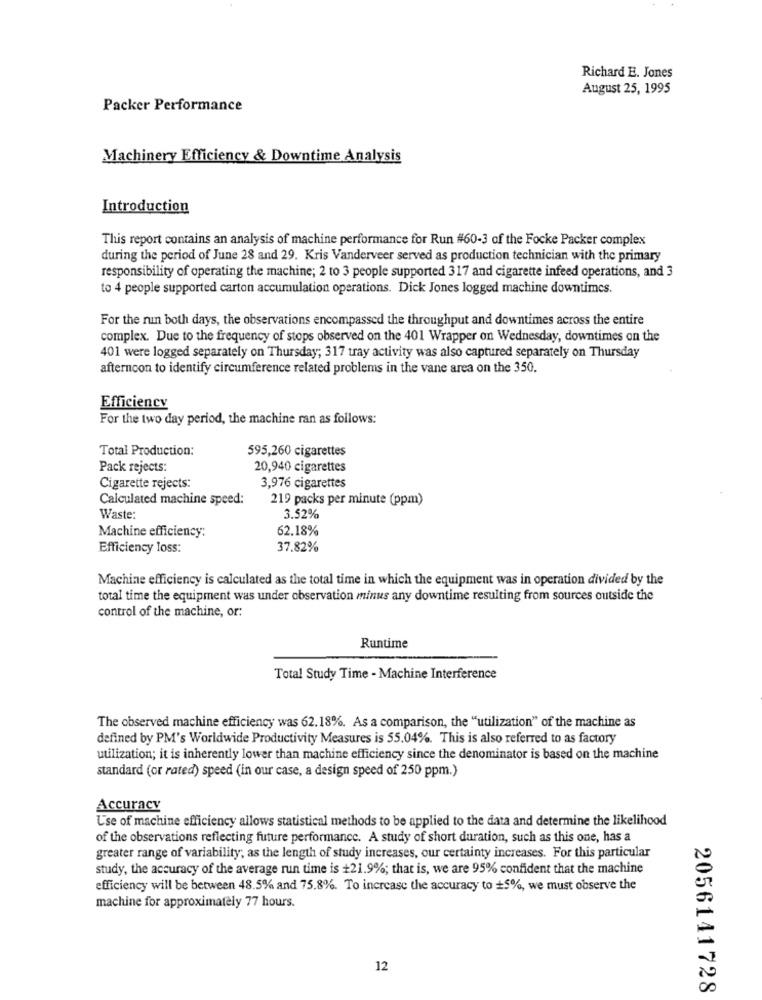
Richard E. Jones
August 25, 1995
Packer Performance
Machinery Efficiency & Downtime Analysis
Introduction
This report contains an analysis of machine performance for Run #60-3 of the Focke Packer complex
during the period of June 28 and 29. Kris Vanderveer served as production technician with the primary
responsibility of operating the machine; 2 to 3 people supported 317 and cigarette infeed operations, and 3
to 4 people supported carton accumulation operations. Dick Jones logged machine downtimes.
For the run both days, the observations encompassed the throughput and downtimes across the entire
complex. Due to the frequency of stops observed on the 401 Wrapper on Wednesday, downtimes on the
401 were logged separately on Thursday; 317 tray activity was also captured separately on Thursday
afternoon to identify circumference related problems in the vane area on the 350.
Efficiency
For the two day period, the machine ran as follows:
Total Production:
595,260 cigarettes
Pack rejects:
20,940 cigarettes
Cigarette rejects:
3,976 cigarettes
Calculated machine speed:
219 packs per minute (ppm)
3.52%
Waste:
Machine efficiency:
62.18%
Efficiency loss:
37.82%
Machine efficiency is calculated as the total time in which the equipment was in operation divided by the
total time the equipment was under observation minus any downtime resulting from sources outside the
control of the machine, or:
Runtime
Total Study Time - Machine Interference
The observed machine efficiency was 62.18%. As a comparison, the "utilization" of the machine as
defined by PM's Worldwide Productivity Measures is 55.04%. This is also referred to as factory
utilization; it is inherently lower than machine efficiency since the denominator is based on the machine
standard (or rated) speed (in our case, a design speed of 250 ppm.)
Accuracy
Use of machine efficiency allows statistical methods to be applied to the data and determine the likelihood
of the observations reflecting future performance. A study of short duration, such as this one, has a
greater range of variability; as the length of study increases, our certainty increases. For this particular
study, the accuracy of the average run time is +21.9%; that is, we are 95% confident that the machine
efficiency will be between 48.5% and 75.8%. To increase the accuracy to +5%, we must observe the
machine for approximately 77 hours.
12
2056141728